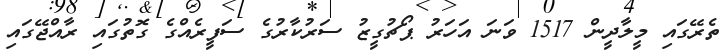
ތެރޭގައި މީލާދީން 1517 ވަނަ އަހަރު ޕޯޗުގީޒު ސަރުކާރުގެ ސަފީރެއްގެ ގޮތުގައި ރާއްޖޭގައި